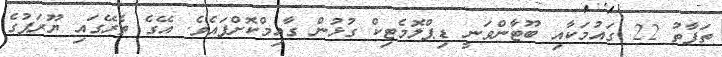
ތަފާތު 22 ގައުމަކާއި ބޫޓާންވަނީ ޑިޕްލޮމެޓިކް ގުޅުން ގާއިމްކޮށްފައެވެ. އޭގެ ތެރޭގައި ޔޫރަޕުގެ